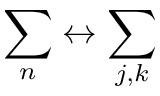
\sum _ { n } \leftrightarrow \sum _ { j , k }